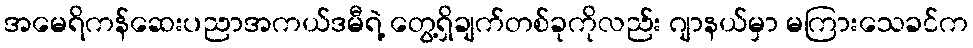
အမေရိကန်ဆေးပညာအကယ်ဒမီရဲ့ တွေ့ရှိချက်တစ်ခုကိုလည်း ဂျာနယ်မှာ မကြားသေခင်က